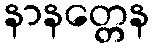
နာနတ္တေန